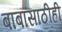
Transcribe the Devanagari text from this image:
बाबांसाठीही